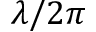
\lambda / 2 \pi